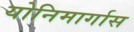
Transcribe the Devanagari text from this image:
योनिमार्गास